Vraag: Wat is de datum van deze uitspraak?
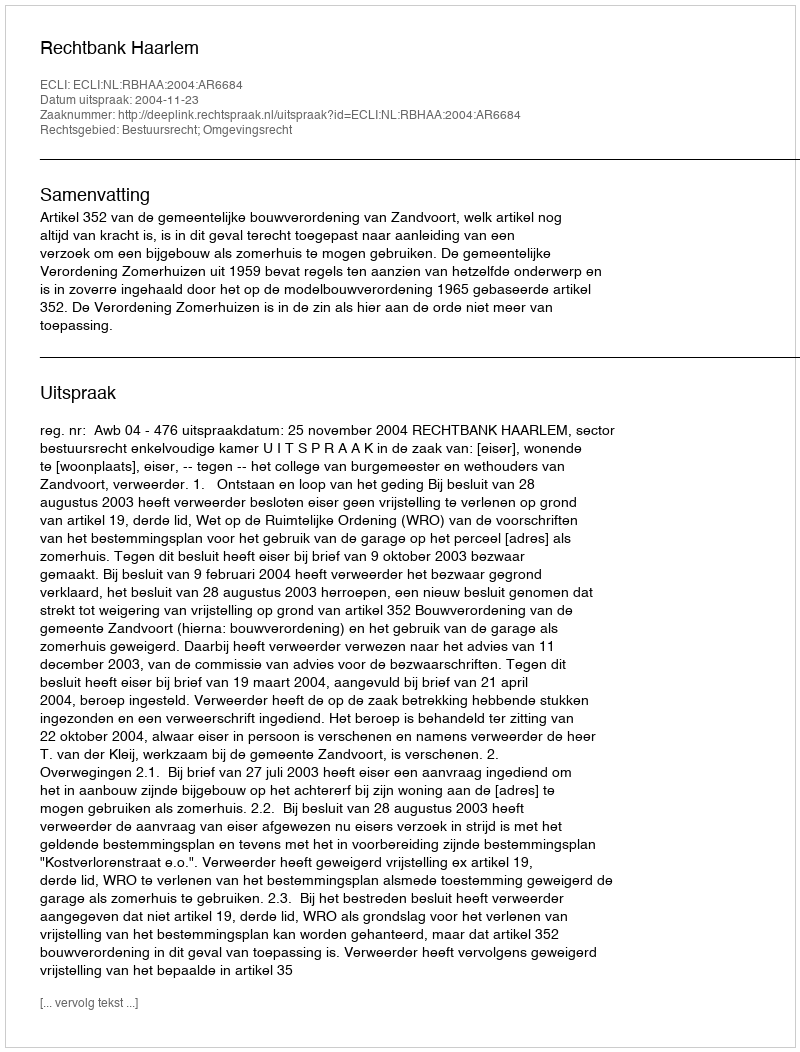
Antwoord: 2004-11-23